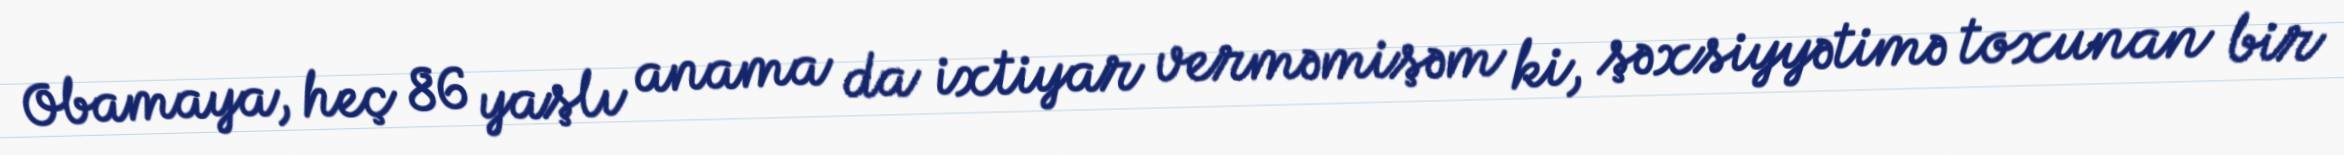
Obamaya, heç 86 yaşlı anama da ixtiyar verməmişəm ki, şəxsiyyətimə toxunan bir